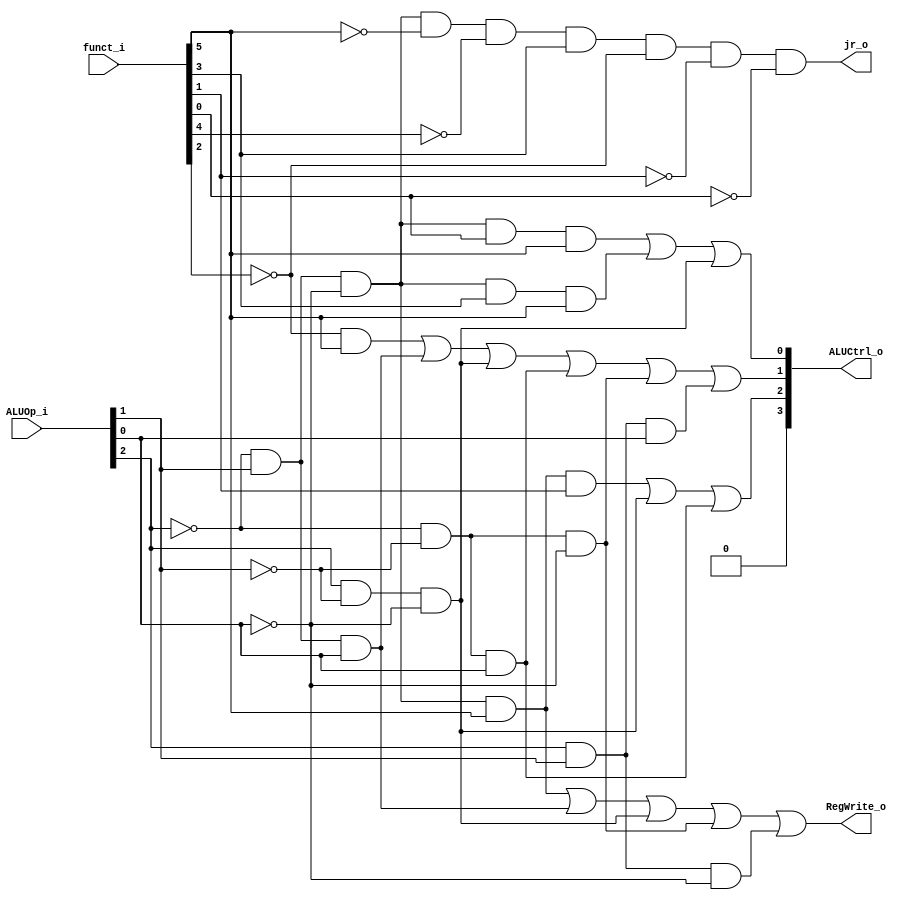
//Subject:     CO project 2 - ALU Controller
//--------------------------------------------------------------------------------
//Version:     1
//--------------------------------------------------------------------------------
//Writer:      
//----------------------------------------------
//Date:        
//----------------------------------------------
//Description: 
//--------------------------------------------------------------------------------

module ALU_Ctrl(
          funct_i,
          ALUOp_i,
          ALUCtrl_o,
          RegWrite_o,
          jr_o
          );
          
//I/O ports 
input      [6-1:0] funct_i;
input      [3-1:0] ALUOp_i;

output     [4-1:0] ALUCtrl_o;    
output     RegWrite_o;
output     jr_o;     
//Internal Signals
reg        [4-1:0] ALUCtrl_o;
reg RegWrite_o;
reg jr_o;
//Parameter
wire RegWrite;
wire jr;
wire c3;
wire c2;
wire c1;
wire c0;       
//Select exact operation
assign RegWrite = (!ALUOp_i[2] && ALUOp_i[1] && !ALUOp_i[0] && funct_i[5] ) ||
                       (!ALUOp_i[2] && ALUOp_i[1] && ALUOp_i[0]) ||
                       (ALUOp_i[2] && !ALUOp_i[1] && !ALUOp_i[0]) || 
                       (!ALUOp_i[2] && !ALUOp_i[1] && !ALUOp_i[0]) ||
                       (ALUOp_i[2] && ALUOp_i[1] && !ALUOp_i[0]);
assign jr = (!ALUOp_i[2] && ALUOp_i[1] && !ALUOp_i[0] && !funct_i[5] && !funct_i[4] && funct_i[3] && !funct_i[2] && !funct_i[1] && !funct_i[0]);
assign c3 = 0;
assign c2 = (!ALUOp_i[2] && ALUOp_i[1] && !ALUOp_i[0] && funct_i[5] && funct_i[1]) || (ALUOp_i[2] && !ALUOp_i[1] && !ALUOp_i[0]) || (!ALUOp_i[2] && !ALUOp_i[1] && ALUOp_i[0]);
assign c1 = (!funct_i[2] && funct_i[5]) || (!ALUOp_i[2] && ALUOp_i[1] && ALUOp_i[0]) || (ALUOp_i[2] && !ALUOp_i[1] && !ALUOp_i[0]) || 
            (!ALUOp_i[2] && !ALUOp_i[1] && ALUOp_i[0]) || (!ALUOp_i[2] && !ALUOp_i[1] && !ALUOp_i[0]) || (ALUOp_i[2] && ALUOp_i[1] && ALUOp_i[0]);
assign c0 = ((!ALUOp_i[2] && ALUOp_i[1] && !ALUOp_i[0] && funct_i[0] && funct_i[5]) || (!ALUOp_i[2] && ALUOp_i[1] && !ALUOp_i[0] && funct_i[3] && funct_i[5]) || (ALUOp_i[2] && !ALUOp_i[1] && !ALUOp_i[0]));

always @(*)begin
    ALUCtrl_o = {c3,c2,c1,c0};
    RegWrite_o = RegWrite;
    jr_o = jr;
end  
endmodule